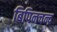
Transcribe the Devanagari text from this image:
बिपिनचन्द्र